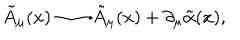
\tilde { A } _ { \mu } ( x ) \longrightarrow \tilde { A } _ { \mu } ( x ) + \partial _ { \mu } \tilde { \alpha } ( x ) ,